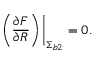
\left( \frac { \partial F } { \partial R } \right) \bigg | _ { { \upSigma } _ { b 2 } } = 0 .